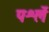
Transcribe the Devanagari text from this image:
पर्श्ले